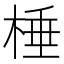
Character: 棰